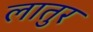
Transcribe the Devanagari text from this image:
लातुर